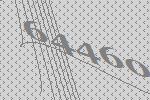
64460